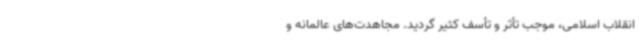
انقلاب اسلامی، موجب تأثر و تأسف کثیر گردید. مجاهدت‌های عالمانه و